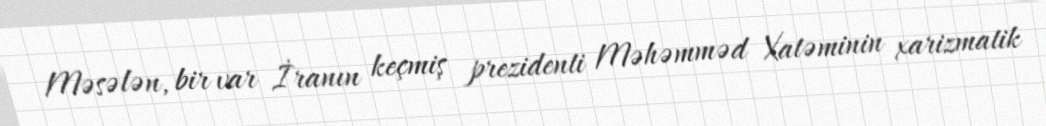
Məsələn, bir var İranın keçmiş prezidenti Məhəmməd Xatəminin xarizmatik